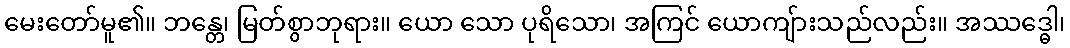
မေးတော်မူ၏။ ဘန္တေ၊ မြတ်စွာဘုရား။ ယော သော ပုရိသော၊ အကြင် ယောကျ်ားသည်လည်း။ အဿဒ္ဓေါ၊